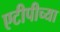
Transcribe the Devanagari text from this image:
एटीपीच्या